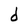
Character: d